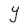
Character: Y